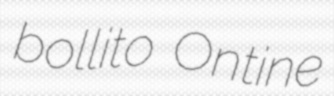
bollito Ontine